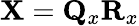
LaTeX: {\mathbf X}={\mathbf Q}_{x}{\mathbf R}_{x}